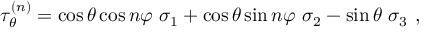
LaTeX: \tau _ { \theta } ^ { ( n ) } = \cos \theta \cos n \varphi \ \sigma _ { 1 } + \cos \theta \sin n \varphi \ \sigma _ { 2 } - \sin \theta \ \sigma _ { 3 } \ ,